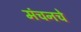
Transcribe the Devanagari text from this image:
मंचनचे